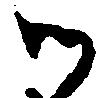
御